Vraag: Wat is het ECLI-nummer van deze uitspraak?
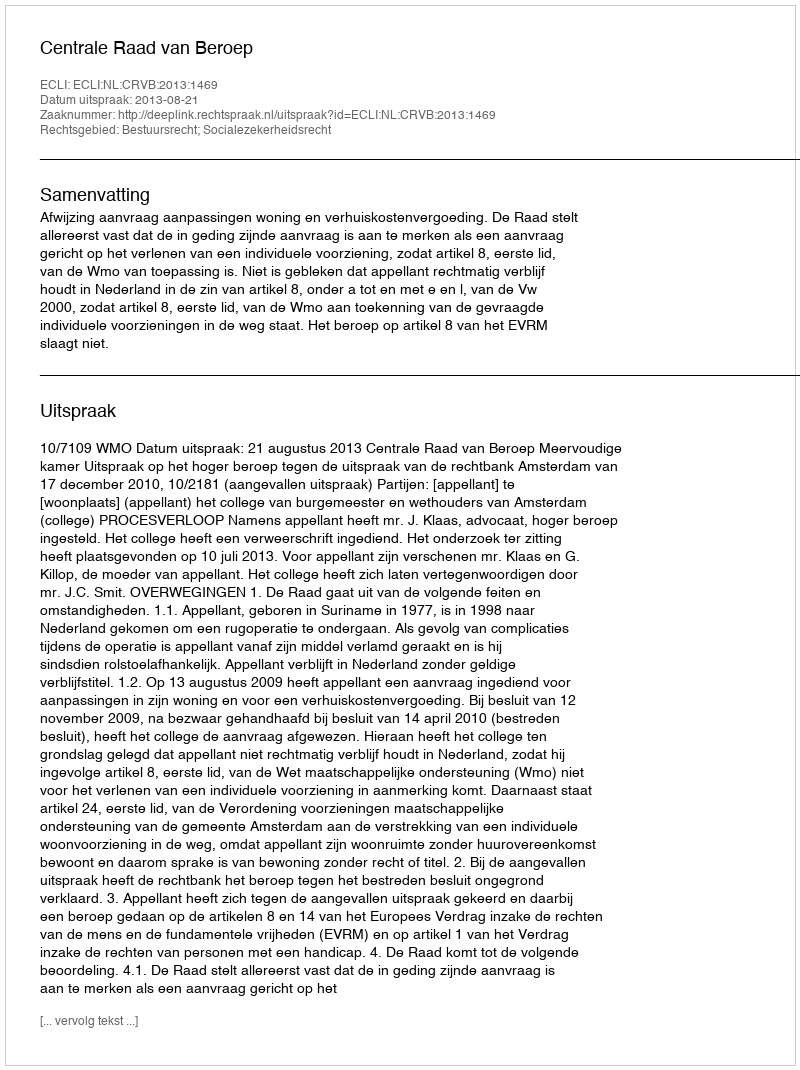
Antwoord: ECLI:NL:CRVB:2013:1469